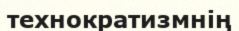
технократизмнің